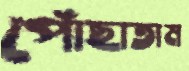
পোঁছাতাম